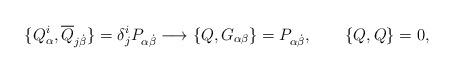
LaTeX: \begin{align*}\{Q^i_\alpha, \overline Q_{j\dot\beta} \} = \delta^i_j P_{\alpha\dot\beta}\longrightarrow\{ Q , G_{\alpha\beta} \} = P_{\alpha\dot\beta},\qquad \{Q,Q\}=0,\end{align*}